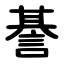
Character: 諅